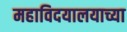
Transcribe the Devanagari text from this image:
महाविदयालयाच्या